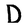
Character: D